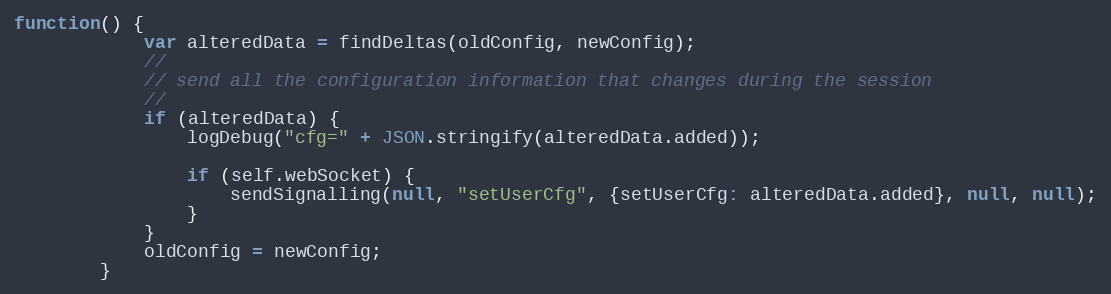
Language: JavaScript
function() {
            var alteredData = findDeltas(oldConfig, newConfig);
            //
            // send all the configuration information that changes during the session
            //
            if (alteredData) {
                logDebug("cfg=" + JSON.stringify(alteredData.added));

                if (self.webSocket) {
                    sendSignalling(null, "setUserCfg", {setUserCfg: alteredData.added}, null, null);
                }
            }
            oldConfig = newConfig;
        }